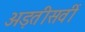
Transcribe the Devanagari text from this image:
अड़तीसवीं